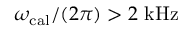
\omega _ { \mathrm { c a l } } / ( 2 \pi ) > 2 ~ \mathrm { k H z }